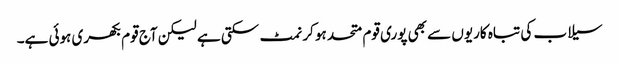
سیلاب کی تباہ کاریوں سے بھی پوری قوم متحد ہو کر نمٹ سکتی ہے لیکن آج قوم بکھری ہوئی ہے۔